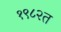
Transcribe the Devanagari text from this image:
१९८२त